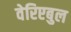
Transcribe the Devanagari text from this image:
वेरिएबुल